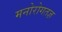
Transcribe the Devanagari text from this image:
मनोरोगतज्ञ